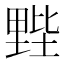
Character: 𲇂